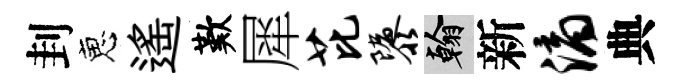
刲恵遥歎犀芘隳翰新滴典